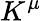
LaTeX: K^{\mu}